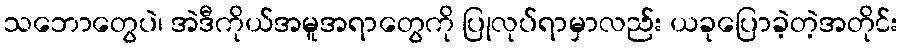
သဘောတွေပဲ၊ အဲဒီကိုယ်အမူအရာတွေကို ပြုလုပ်ရာမှာလည်း ယခုပြောခဲ့တဲ့အတိုင်း